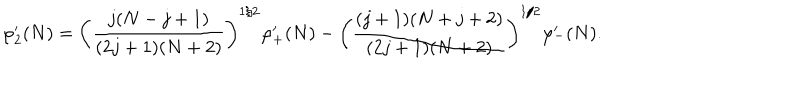
LaTeX: \varphi _ { 2 } ^ { \prime } ( N ) = \left( \frac { j ( N - j + 1 ) } { ( 2 j + 1 ) ( N + 2 ) } \right) ^ { 1 / 2 } \varphi _ { + } ^ { \prime } ( N ) - \left( \frac { ( j + 1 ) ( N + j + 2 ) } { ( 2 j + 1 ) ( N + 2 ) } \right) ^ { 1 / 2 } \varphi _ { - } ^ { \prime } ( N ) .